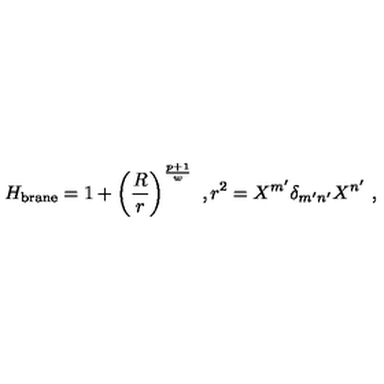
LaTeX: H _ { \mathrm { b r a n e } } = 1 + \left( { \frac { R } { r } } \right) ^ { \frac { p + 1 } { w } } \ , r ^ { 2 } = X ^ { m ^ { \prime } } \delta _ { m ^ { \prime } n ^ { \prime } } X ^ { n ^ { \prime } } \ ,